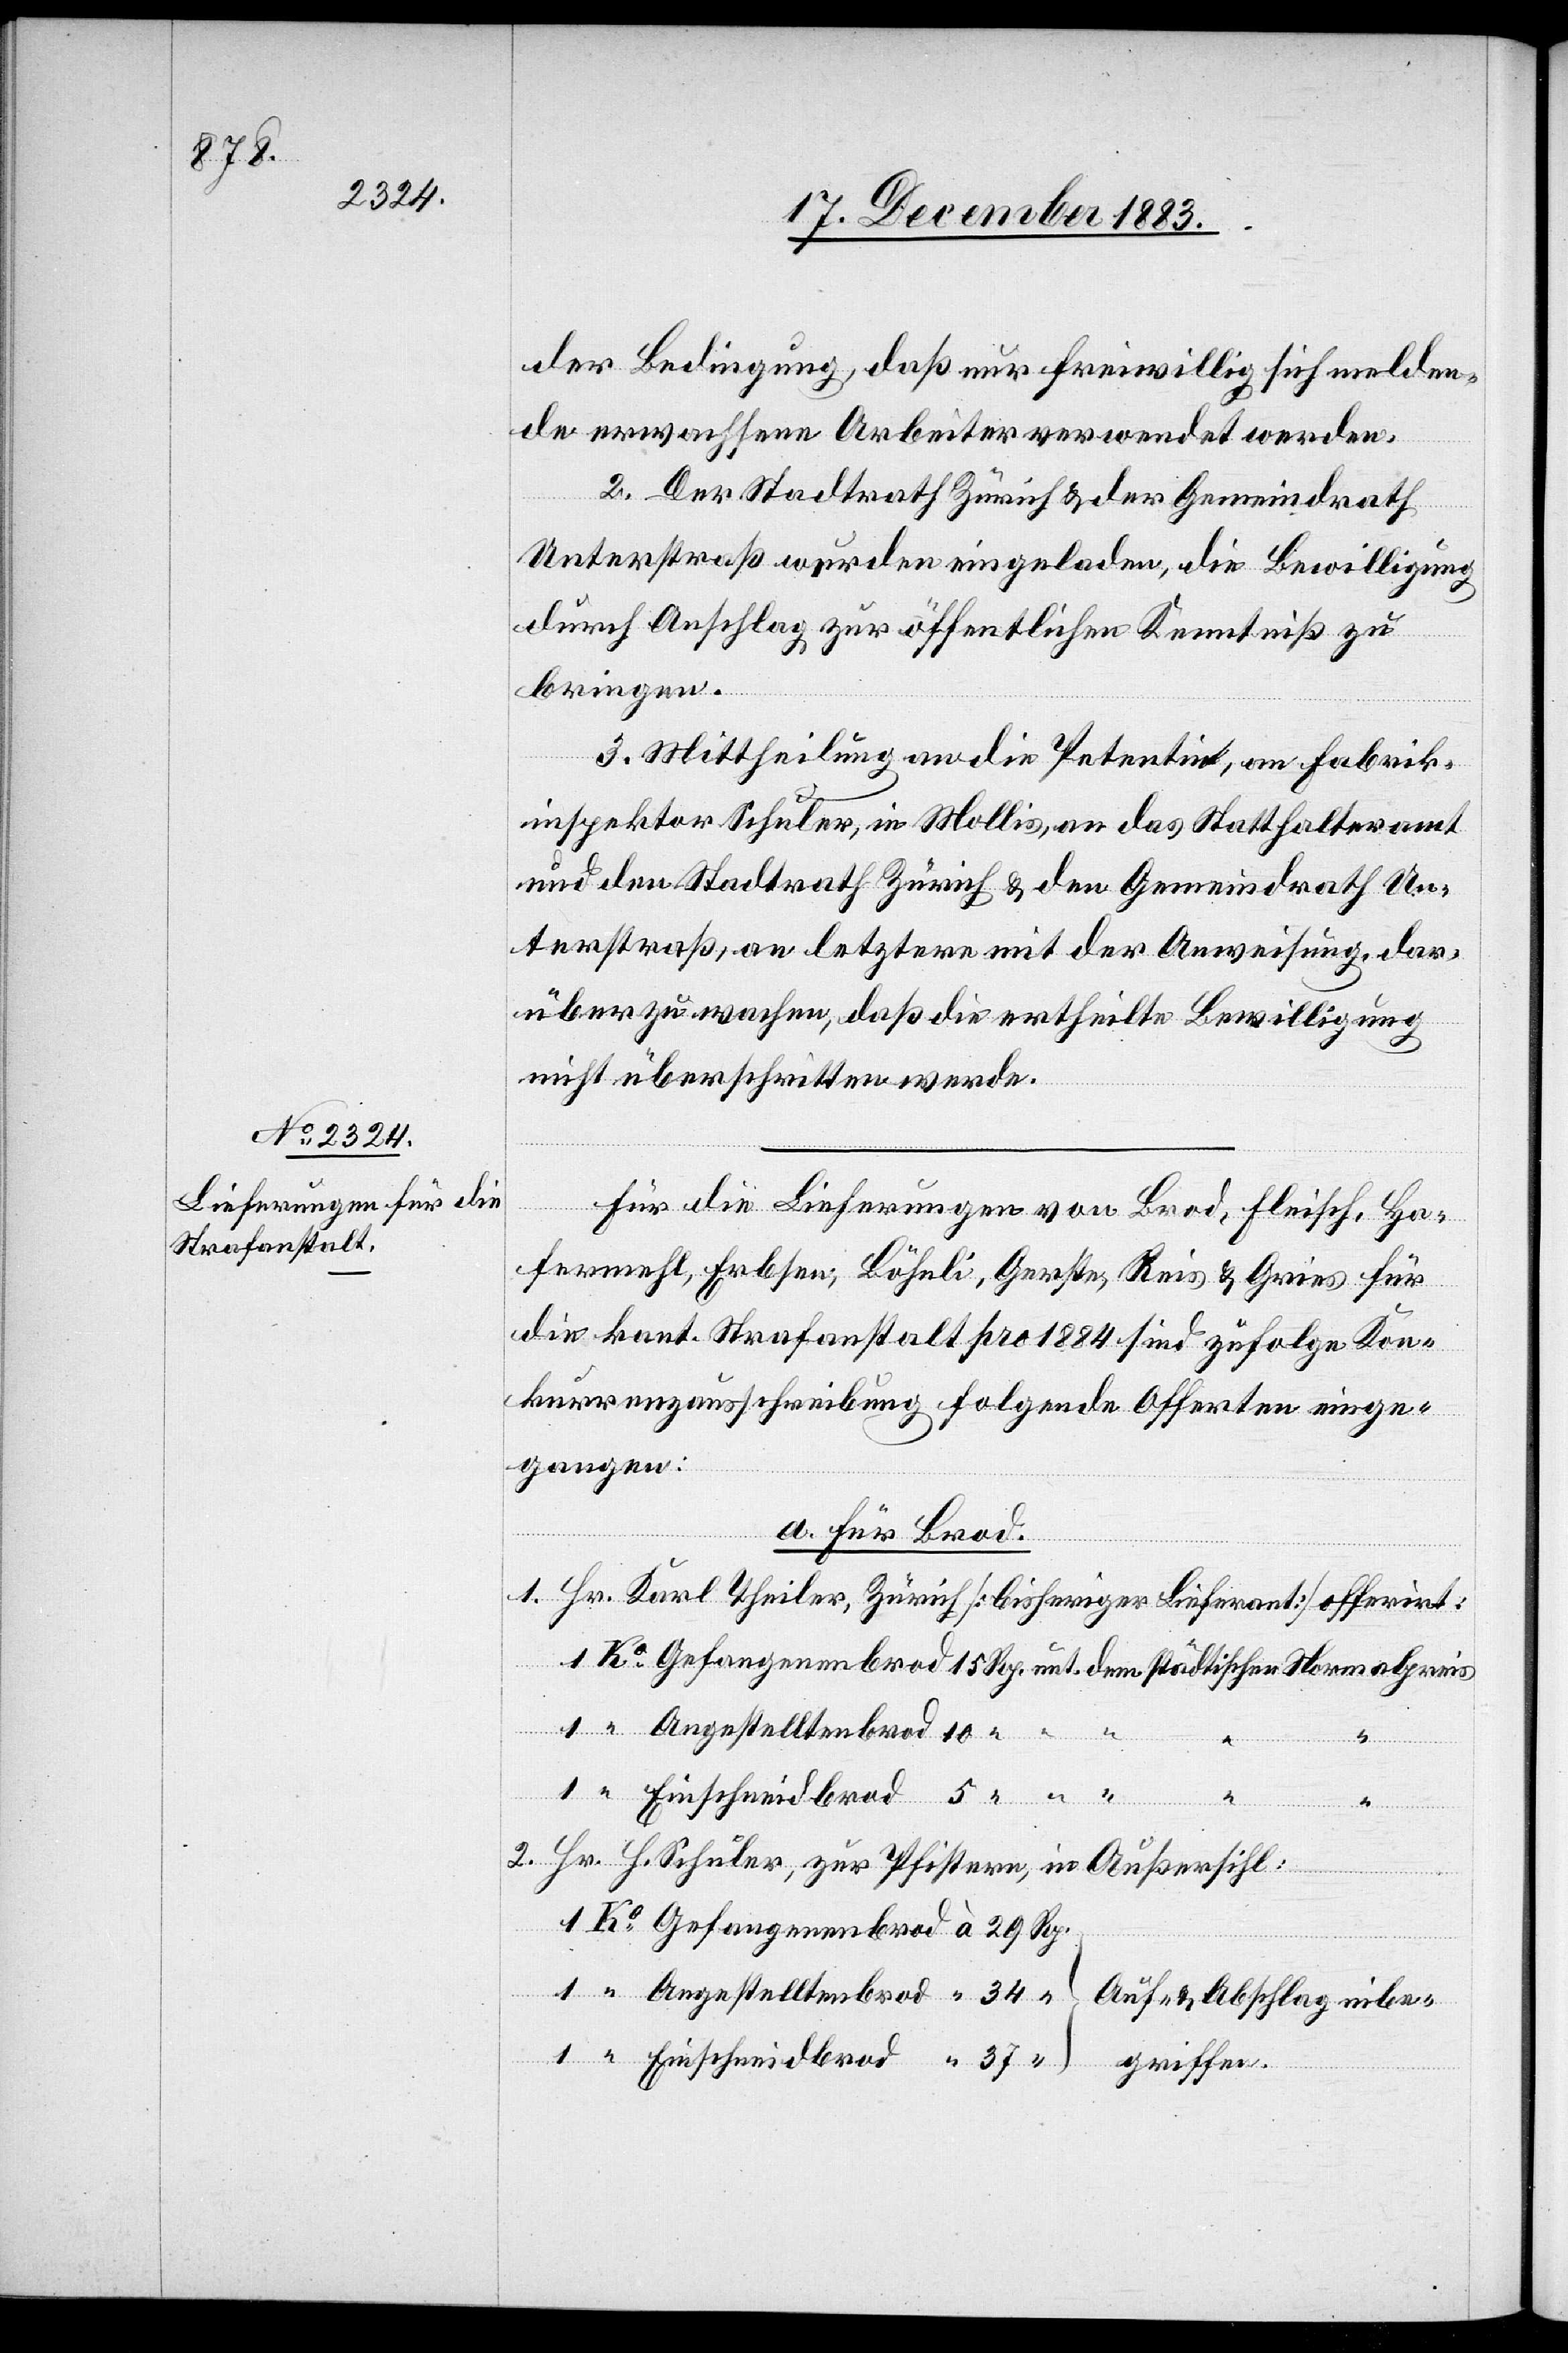
der Bedingung, daß nur freiwillig sich melden¬
de erwachsene Arbeiter verwendet werden.
2. Der Stadtrath Zürich & der Gemeindrath
unt.
Unterstraß wurden eingeladen, die Bewilligung
durch Anschlag zur öffentlichen Kenntniß zu
bringen.
Einschneidbrod
3. Mittheilung an die Petentin, an Fabrik¬
inspektor Schuler, in Mollis, an das Statthalteramt
und den Stadtrath Zürich & den Gemeindrath Un¬
terstraß, an letztere mit der Anweisung, dar¬
über zu wachen, daß die ertheilte Bewilligung
nicht überschritten werde.
brod
Für die Lieferungen von Brod, Fleisch, Ha¬
fermehl, Erbsen, Böhnli, Gerste, Reis & Gries für
die kant. Strafanstalt pro 1884 sind zufolge Kon¬
kurrenzausschreibung folgende Offerten einge¬
gangen:
rmalpreis
a. Für Brod.
1. Hr. Karl Theiler, Zürich [bisheriger Lieferant] offerirt:
dem
2. Hr. H. Schuler, zur Pfistern, in Außersihl: